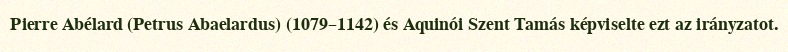
Pierre Abélard (Petrus Abaelardus) (1079–1142) és Aquinói Szent Tamás képviselte ezt az irányzatot.